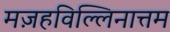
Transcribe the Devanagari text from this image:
मज़हविल्लिनात्तम